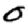
Digit: 0